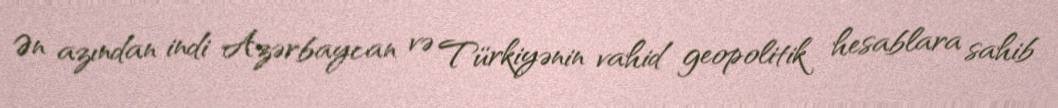
Ən azından indi Azərbaycan və Türkiyənin vahid geopolitik hesablara sahib